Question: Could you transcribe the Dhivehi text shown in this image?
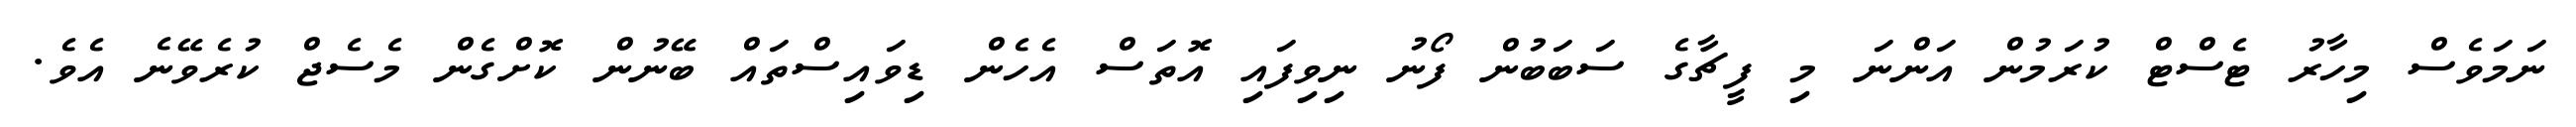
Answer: ނަމަވެސް މިހާރު ޓެސްޓް ކުރަމުން އަންނަ މި ފީޗާގެ ސަބަބުން ފޯނު ނިވިފައި އޮތަސް އެހެން ޑިވައިސްތައް ބޭނުން ކޮށްގެން މެސެޖް ކުރެވޭނެ އެވެ.